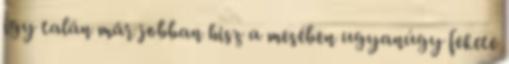
így talán már jobban hisz a mesében ugyanúgy fekete